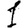
Digit: 1